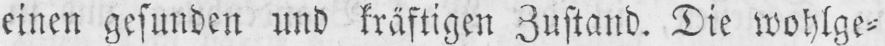
einen gesunden und kräftigen Zustand. Die wohlge⸗